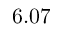
6 . 0 7